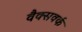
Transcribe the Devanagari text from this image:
वैक्सवर्क